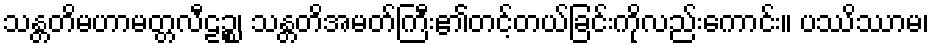
သန္တတိမဟာမတ္တလီဠဉ္စ၊ သန္တတိအမတ်ကြီး၏တင့်တယ်ခြင်းကိုလည်းကောင်း။ ပဿိဿာမ၊